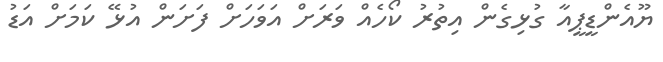
ޔޫއެންޑީޕީއާ ގުޅިގެން އިތުރު ކޯހެއް ވަރަށް އަވަހަށް ފަށަން އުޅޭ ކަމަށް އަޑު